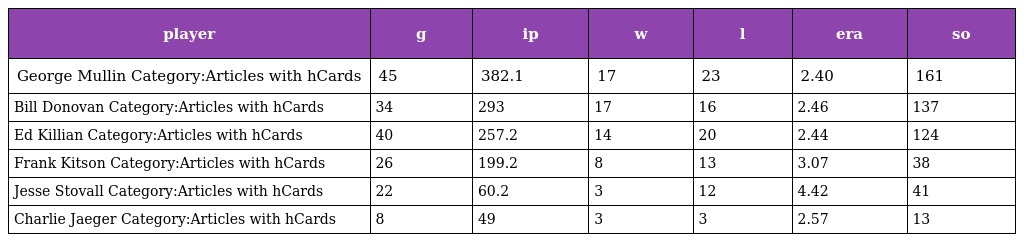
| player | g | ip | w | l | era | so |
 | --- | --- | --- | --- | --- | --- | --- |
 | George Mullin Category:Articles with hCards | 45 | 382.1 | 17 | 23 | 2.40 | 161 |
 | Bill Donovan Category:Articles with hCards | 34 | 293 | 17 | 16 | 2.46 | 137 |
 | Ed Killian Category:Articles with hCards | 40 | 257.2 | 14 | 20 | 2.44 | 124 |
 | Frank Kitson Category:Articles with hCards | 26 | 199.2 | 8 | 13 | 3.07 | 38 |
 | Jesse Stovall Category:Articles with hCards | 22 | 60.2 | 3 | 12 | 4.42 | 41 |
 | Charlie Jaeger Category:Articles with hCards | 8 | 49 | 3 | 3 | 2.57 | 13 |